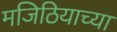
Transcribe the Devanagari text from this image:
मजिठियाच्या